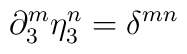
\partial^m_3 \eta^n_3 = \delta^{mn}